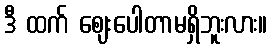
ဒီ ထက် ဈေးပေါတာမရှိဘူးလား။